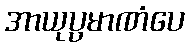
အာယုပ္ပမာဏံပေ